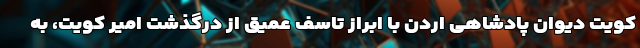
کویت دیوان پادشاهی اردن با ابراز تاسف عمیق از درگذشت امیر کویت، به